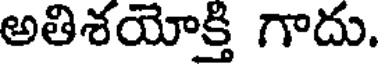
అతిశయోక్తి గాదు.